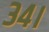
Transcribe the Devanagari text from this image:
३४।